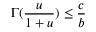
\Gamma ( \frac { u } { 1 + u } ) \leq \frac { c } { b }